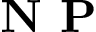
\textbf { N P }